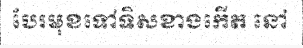
បែរមុខទៅទិសខាងកើត នៅ